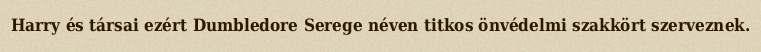
Harry és társai ezért Dumbledore Serege néven titkos önvédelmi szakkört szerveznek.